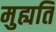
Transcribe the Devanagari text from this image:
मुह्यति